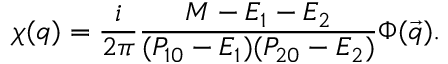
\chi ( q ) = \frac { i } { 2 \pi } \frac { M - E _ { 1 } - E _ { 2 } } { ( P _ { 1 0 } - E _ { 1 } ) ( P _ { 2 0 } - E _ { 2 } ) } \Phi ( \vec { q } ) .